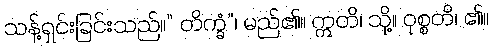
သန့်ရှင်းခြင်းသည်။” တိက္ခံ”၊ မည်၏။ ဣတိ၊ သို့။ ဝုစ္စတိ၊ ၏။